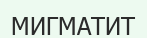
МИГМАТИТ